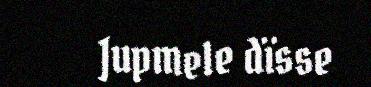
Jupmele dïsse